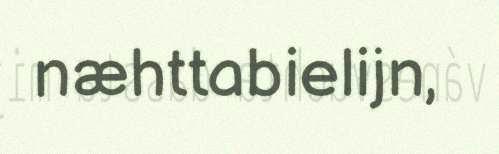
næhttabielijn,